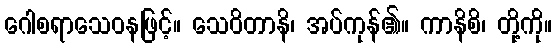
ဂေါစရာသေဝနဖြင့်။ သေဝိတာနိ၊ အပ်ကုန်၏။ ကာနိစိ၊ တို့ကို။